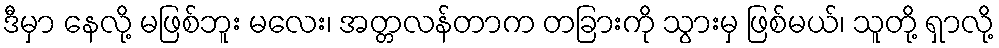
ဒီမှာ နေလို့ မဖြစ်ဘူး မလေး၊ အတ္တလန်တာက တခြားကို သွားမှ ဖြစ်မယ်၊ သူတို့ ရှာလို့